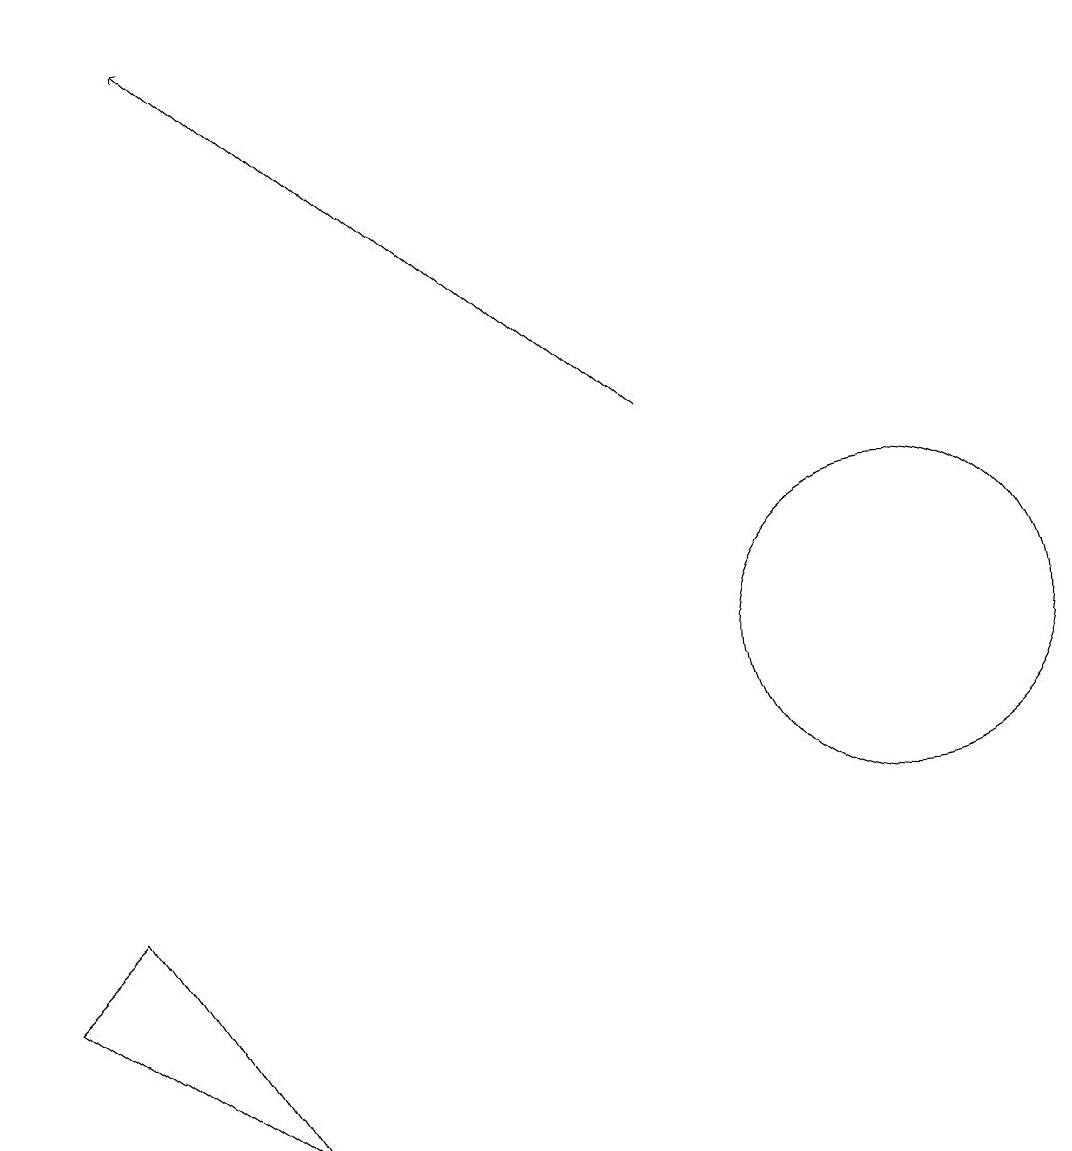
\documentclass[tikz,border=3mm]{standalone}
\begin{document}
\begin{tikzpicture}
\draw[->] (8,13) -- (2,18);
\draw (0,6) -- (3,4) -- (1,7) -- cycle;
\draw (11,10) circle (2);
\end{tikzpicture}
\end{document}